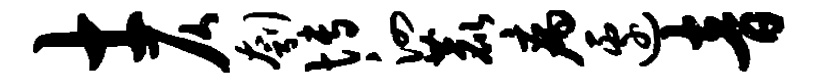
士仄刳博泗鹿病边音